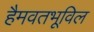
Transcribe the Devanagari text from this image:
हैमवतभूविल